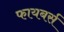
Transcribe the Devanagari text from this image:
फायबर्स